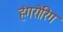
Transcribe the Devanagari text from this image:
हंगरोरिंग